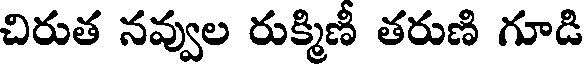
చిరుత నవ్వుల రుక్మిణీ తరుణి గూడి